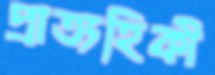
প্রাত্যহিকী